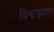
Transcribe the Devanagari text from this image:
विश्वख्यात